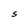
Character: S